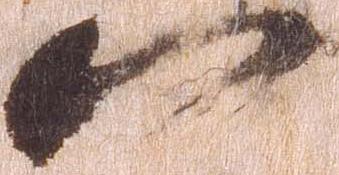
八